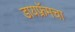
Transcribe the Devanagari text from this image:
डायफ्रॅमचा